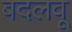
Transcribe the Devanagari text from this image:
बदलवू